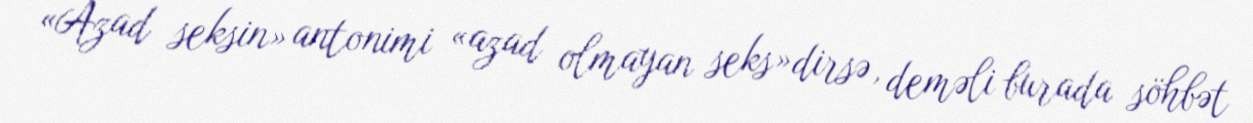
«Azad seksin» antonimi «azad olmayan seks»dirsə, deməli burada söhbət